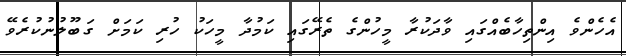
އެހެންވެ އިންތިހާބެއްގައި ވާދަކުރާ މީހުންގެ ތެރޭގައި ކަމުދާ މީހަކު ހުރި ކަމަށް ގަބޫލުނުކުރެވޭ